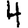
Digit: 4